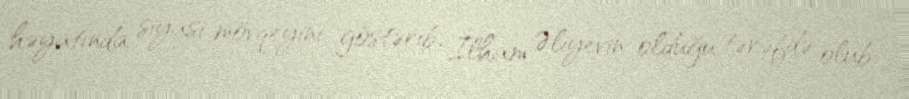
həyatında siyasi mövqeyini göstərib, İlham Əliyevin olduğu tərəfdə olub.